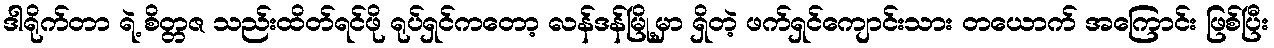
ဒါရိုက်တာ ရဲ့ စိတ္တဇ သည်းထိတ်ရင်ဖို ရုပ်ရှင်ကတော့ လန်ဒန်မြို့မှာ ရှိတဲ့ ဖက်ရှင်ကျောင်းသား တယောက် အကြောင်း ဖြစ်ပြီး